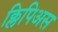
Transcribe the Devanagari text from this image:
क्लिपिअस